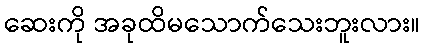
ဆေးကို အခုထိမသောက်သေးဘူးလား။